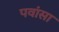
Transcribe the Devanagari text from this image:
पवांसा